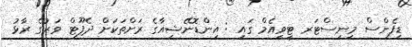
ޑިފެންސް މިނިސްޓަރ ޓީވީއެމް ގައި : އިންޑޮނޭޝިއާގެ ރަށްތަކަށް ދެފޫޓް ވަރުގެ ރާޅު